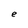
Character: e